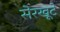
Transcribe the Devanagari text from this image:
सेरखूटे